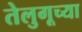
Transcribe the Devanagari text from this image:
तेलुगूच्या